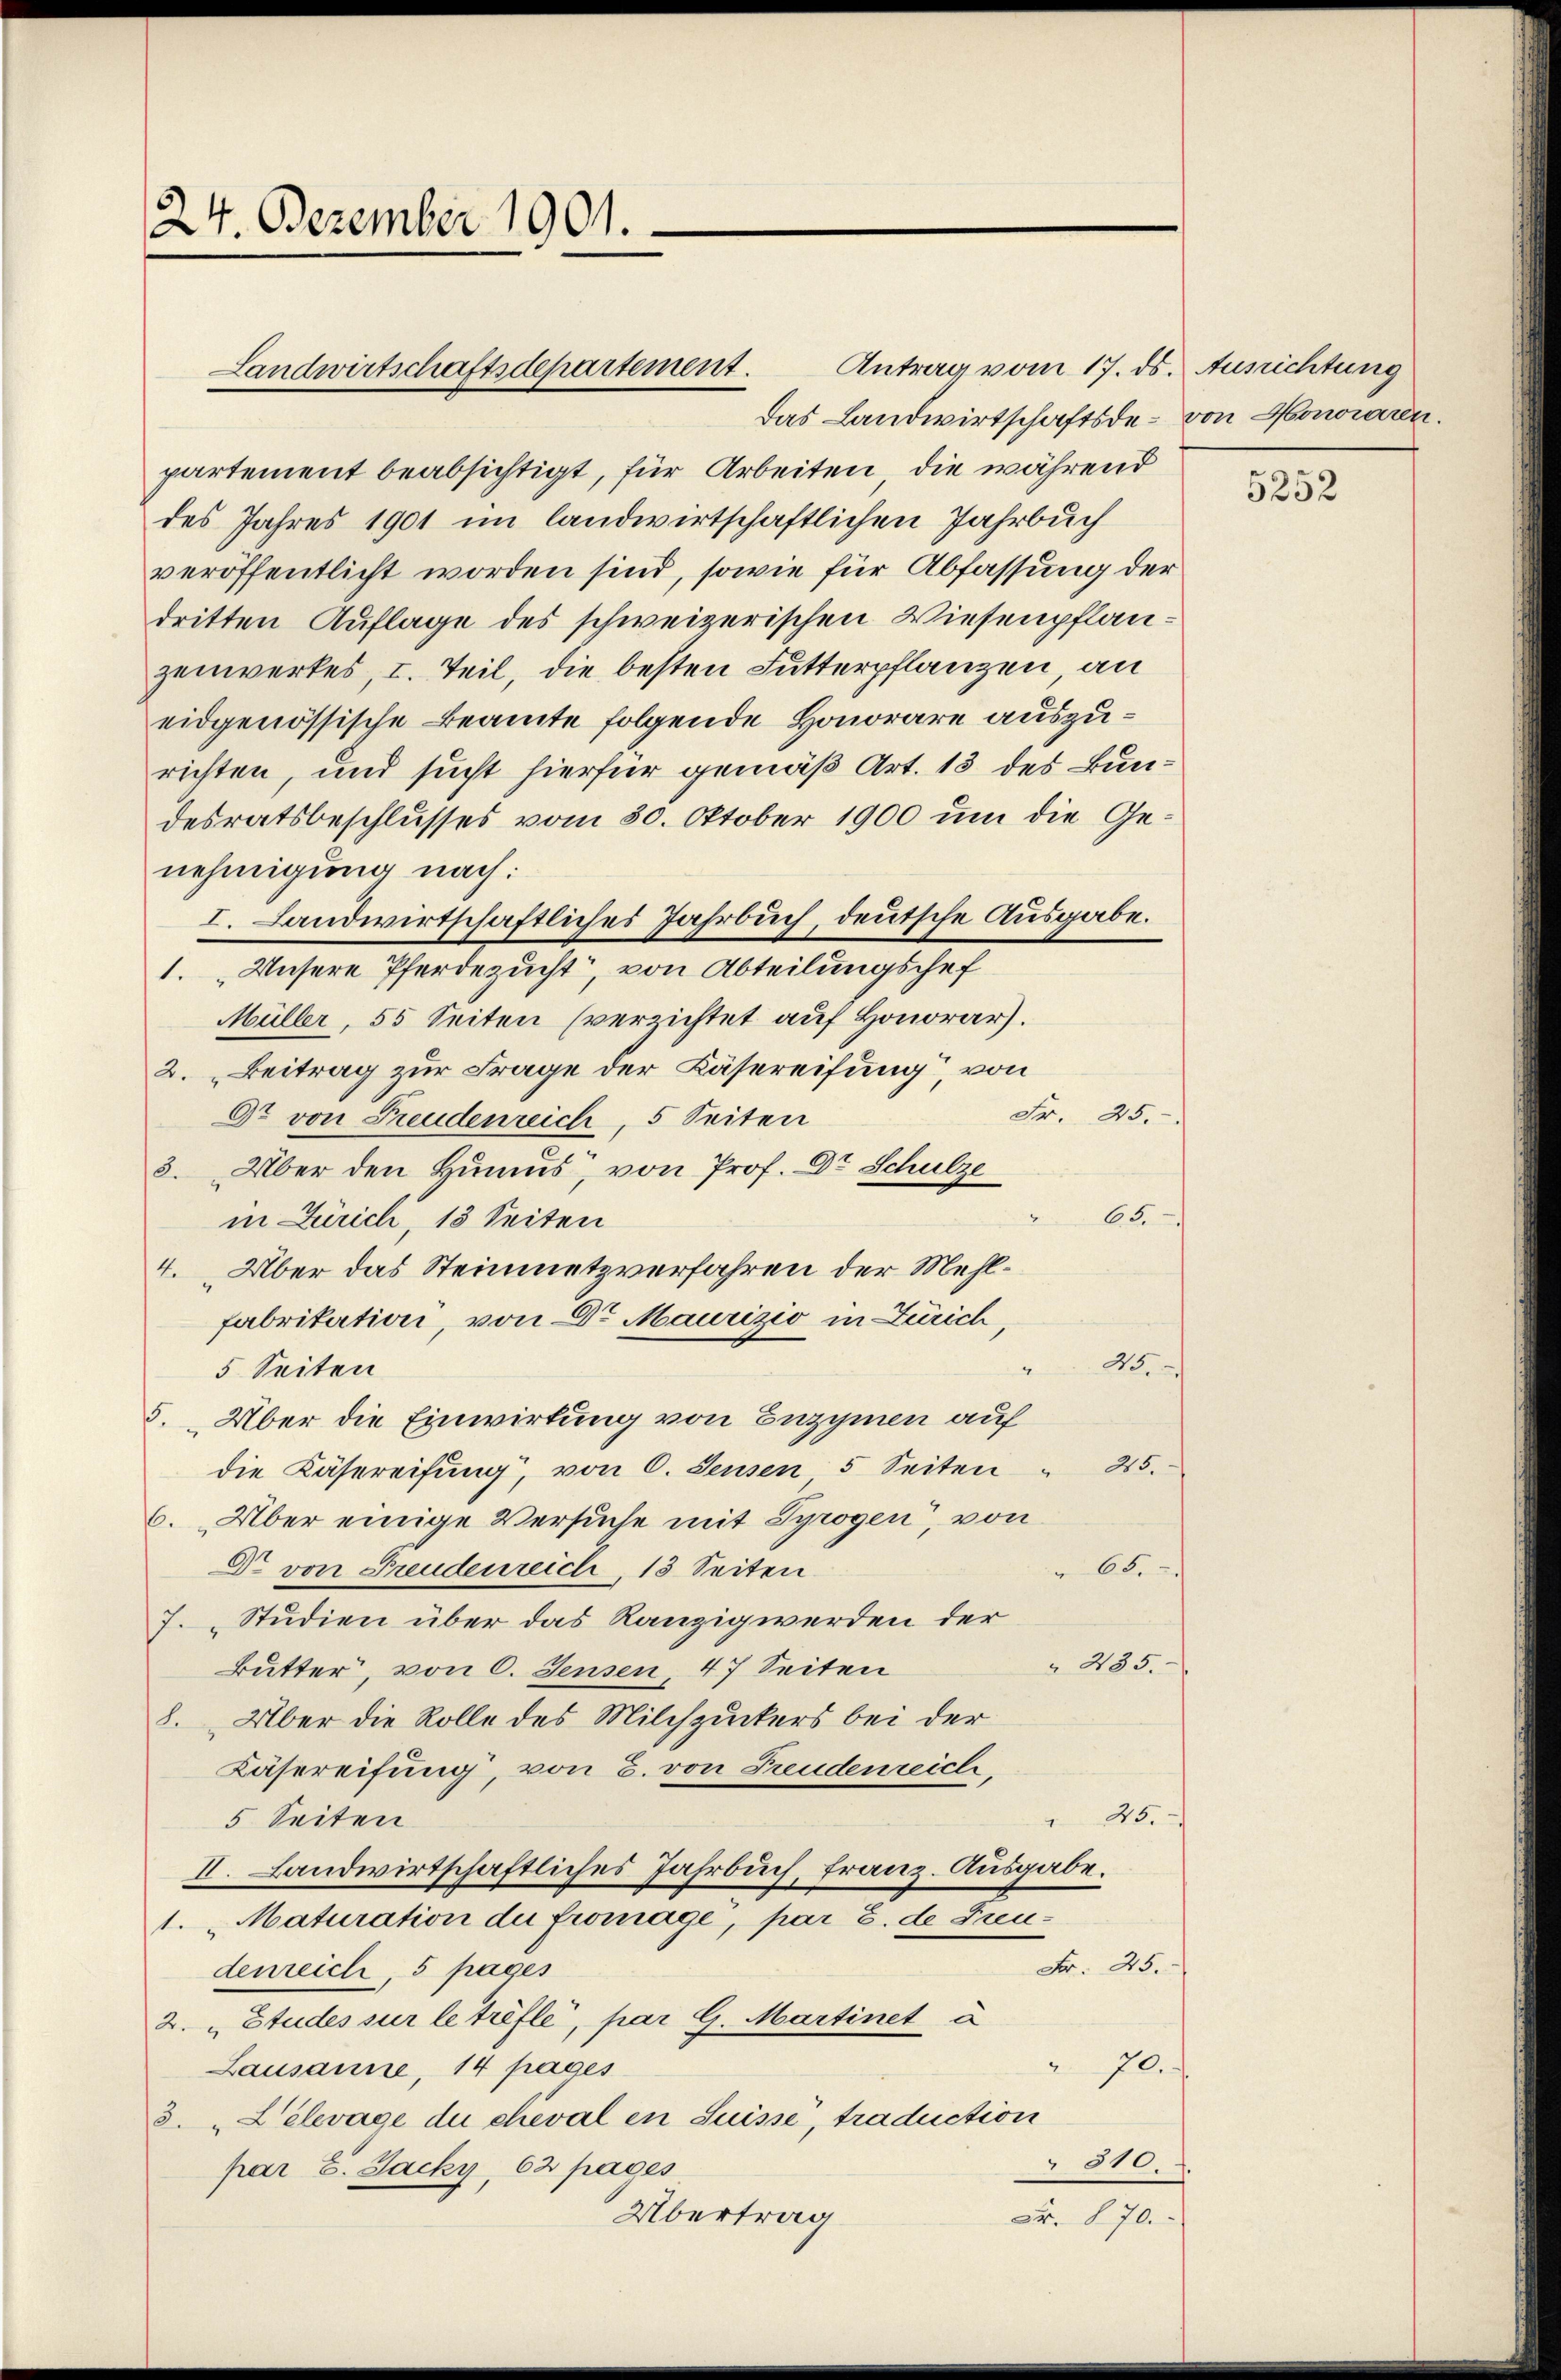
24. Dezember 1901.

Landwirtschaftsdepartement.

Antrag vom 17. ds.
Das Landwirtschaftsde - von Honoraren.
partement beabsichtigt, für Arbeiten, die während
des Jahres 1901 im landwirtschaftlichen Jahrbuch
veröffentlicht worden sind, sowie für Abfassung der
dritten Auflage des schweizerischen Wiesenpflanzenwerkes, I. Teil, die besten Futterpflanzen an
eidgenössische Beamte folgende Honorare auszurichten, und sucht hierfür gemäß Art. 13 des Bundesratsbeschlusses vom 30. Oktober 1900 um die Genehmigung nach:
I. Landwirtschaftliches Jahrbuch, deutsche Ausgabe.
1. „Unsere Pferdezucht, von Abteilungschef
Müller, 55 Seiten (verzichtet auf Honorar).
2. Beitrag zur Frage der Käsereifung“, von
Fr. 25.
Ot von Freudenreich, 5 Seiten
3. Über den Himus, von Prof. Dr Schulze
65
in Zürich, 13 Seiten
4. Über das Steinmetzverfahren der Mehl¬
Fabrikation, von Dr Maurizio in Zürich,
Nr.
5 Seiten
5. Über die Einwirkung von Enzymen auf
25.
die Käsereifung, von C. Seusen 5 Seiten
6. Über einige Versuche mit Syrogen, von
Dr von Freudenreich, 13 Seiten
65.
7. Studien über das Ranzig werden der
 435.
Butter, von 6. Jensen, 47 Seiten
8. Über die Rolle des Milchzuckers bei der
Läsereifung, von 2. von Freudenreich,
25.
5 Seiten
II. Landwirtschaftliches Jahrbuch, franz. Ausgabe.
1. Maturation der fromage, par 8. de Freu¬
Fr. 25.
denreich, 5 pages
2. „Studes sur le trefle, par G. Martinet a
70.
Lausanne, 14 pages
3. Lelevage du cheval en Suisse, traduction
810.
par E. Jacky, 62 pages
Übertrag
Fr. 870.

Ausrichtung

5252